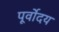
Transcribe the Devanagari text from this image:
पूर्वोदय